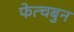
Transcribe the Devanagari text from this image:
फेत्चबुन